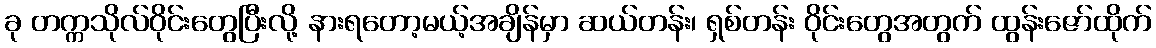
ခု တက္ကသိုလ်ဝိုင်းတွေပြီးလို့ နားရတော့မယ့်အချိန်မှာ ဆယ်တန်း၊ ရှစ်တန်း ဝိုင်းတွေအတွက် ထွန်းဇော်ထိုက်